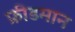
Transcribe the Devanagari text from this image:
फ्रीडमान